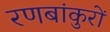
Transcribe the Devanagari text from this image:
रणबांकुरों